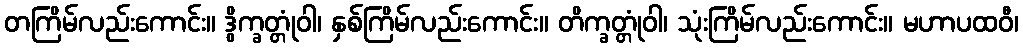
တကြိမ်လည်းကောင်း။ ဒွိက္ခတ္တုံဝါ၊ နှစ်ကြိမ်လည်းကောင်း။ တိက္ခတ္တုံဝါ၊ သုံးကြိမ်လည်းကောင်း။ မဟာပထဝီ၊